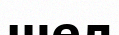
шел